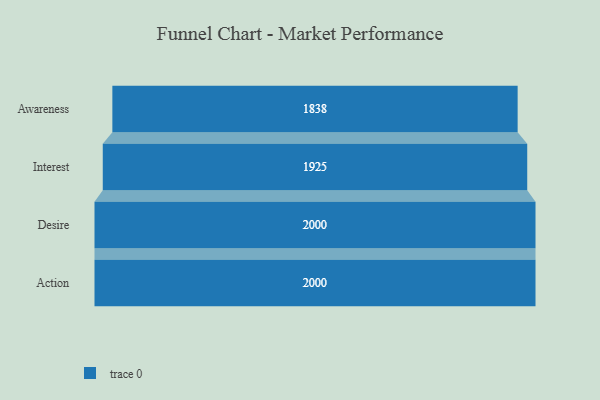
{"axis": {"x": "Stage", "y": "Value"}, "legend": [""], "data": [{"x": "Awareness", "y": 1838.0, "type": ""}, {"x": "Interest", "y": 1925.0, "type": ""}, {"x": "Desire", "y": 2000, "type": ""}, {"x": "Action", "y": 2000, "type": ""}]}